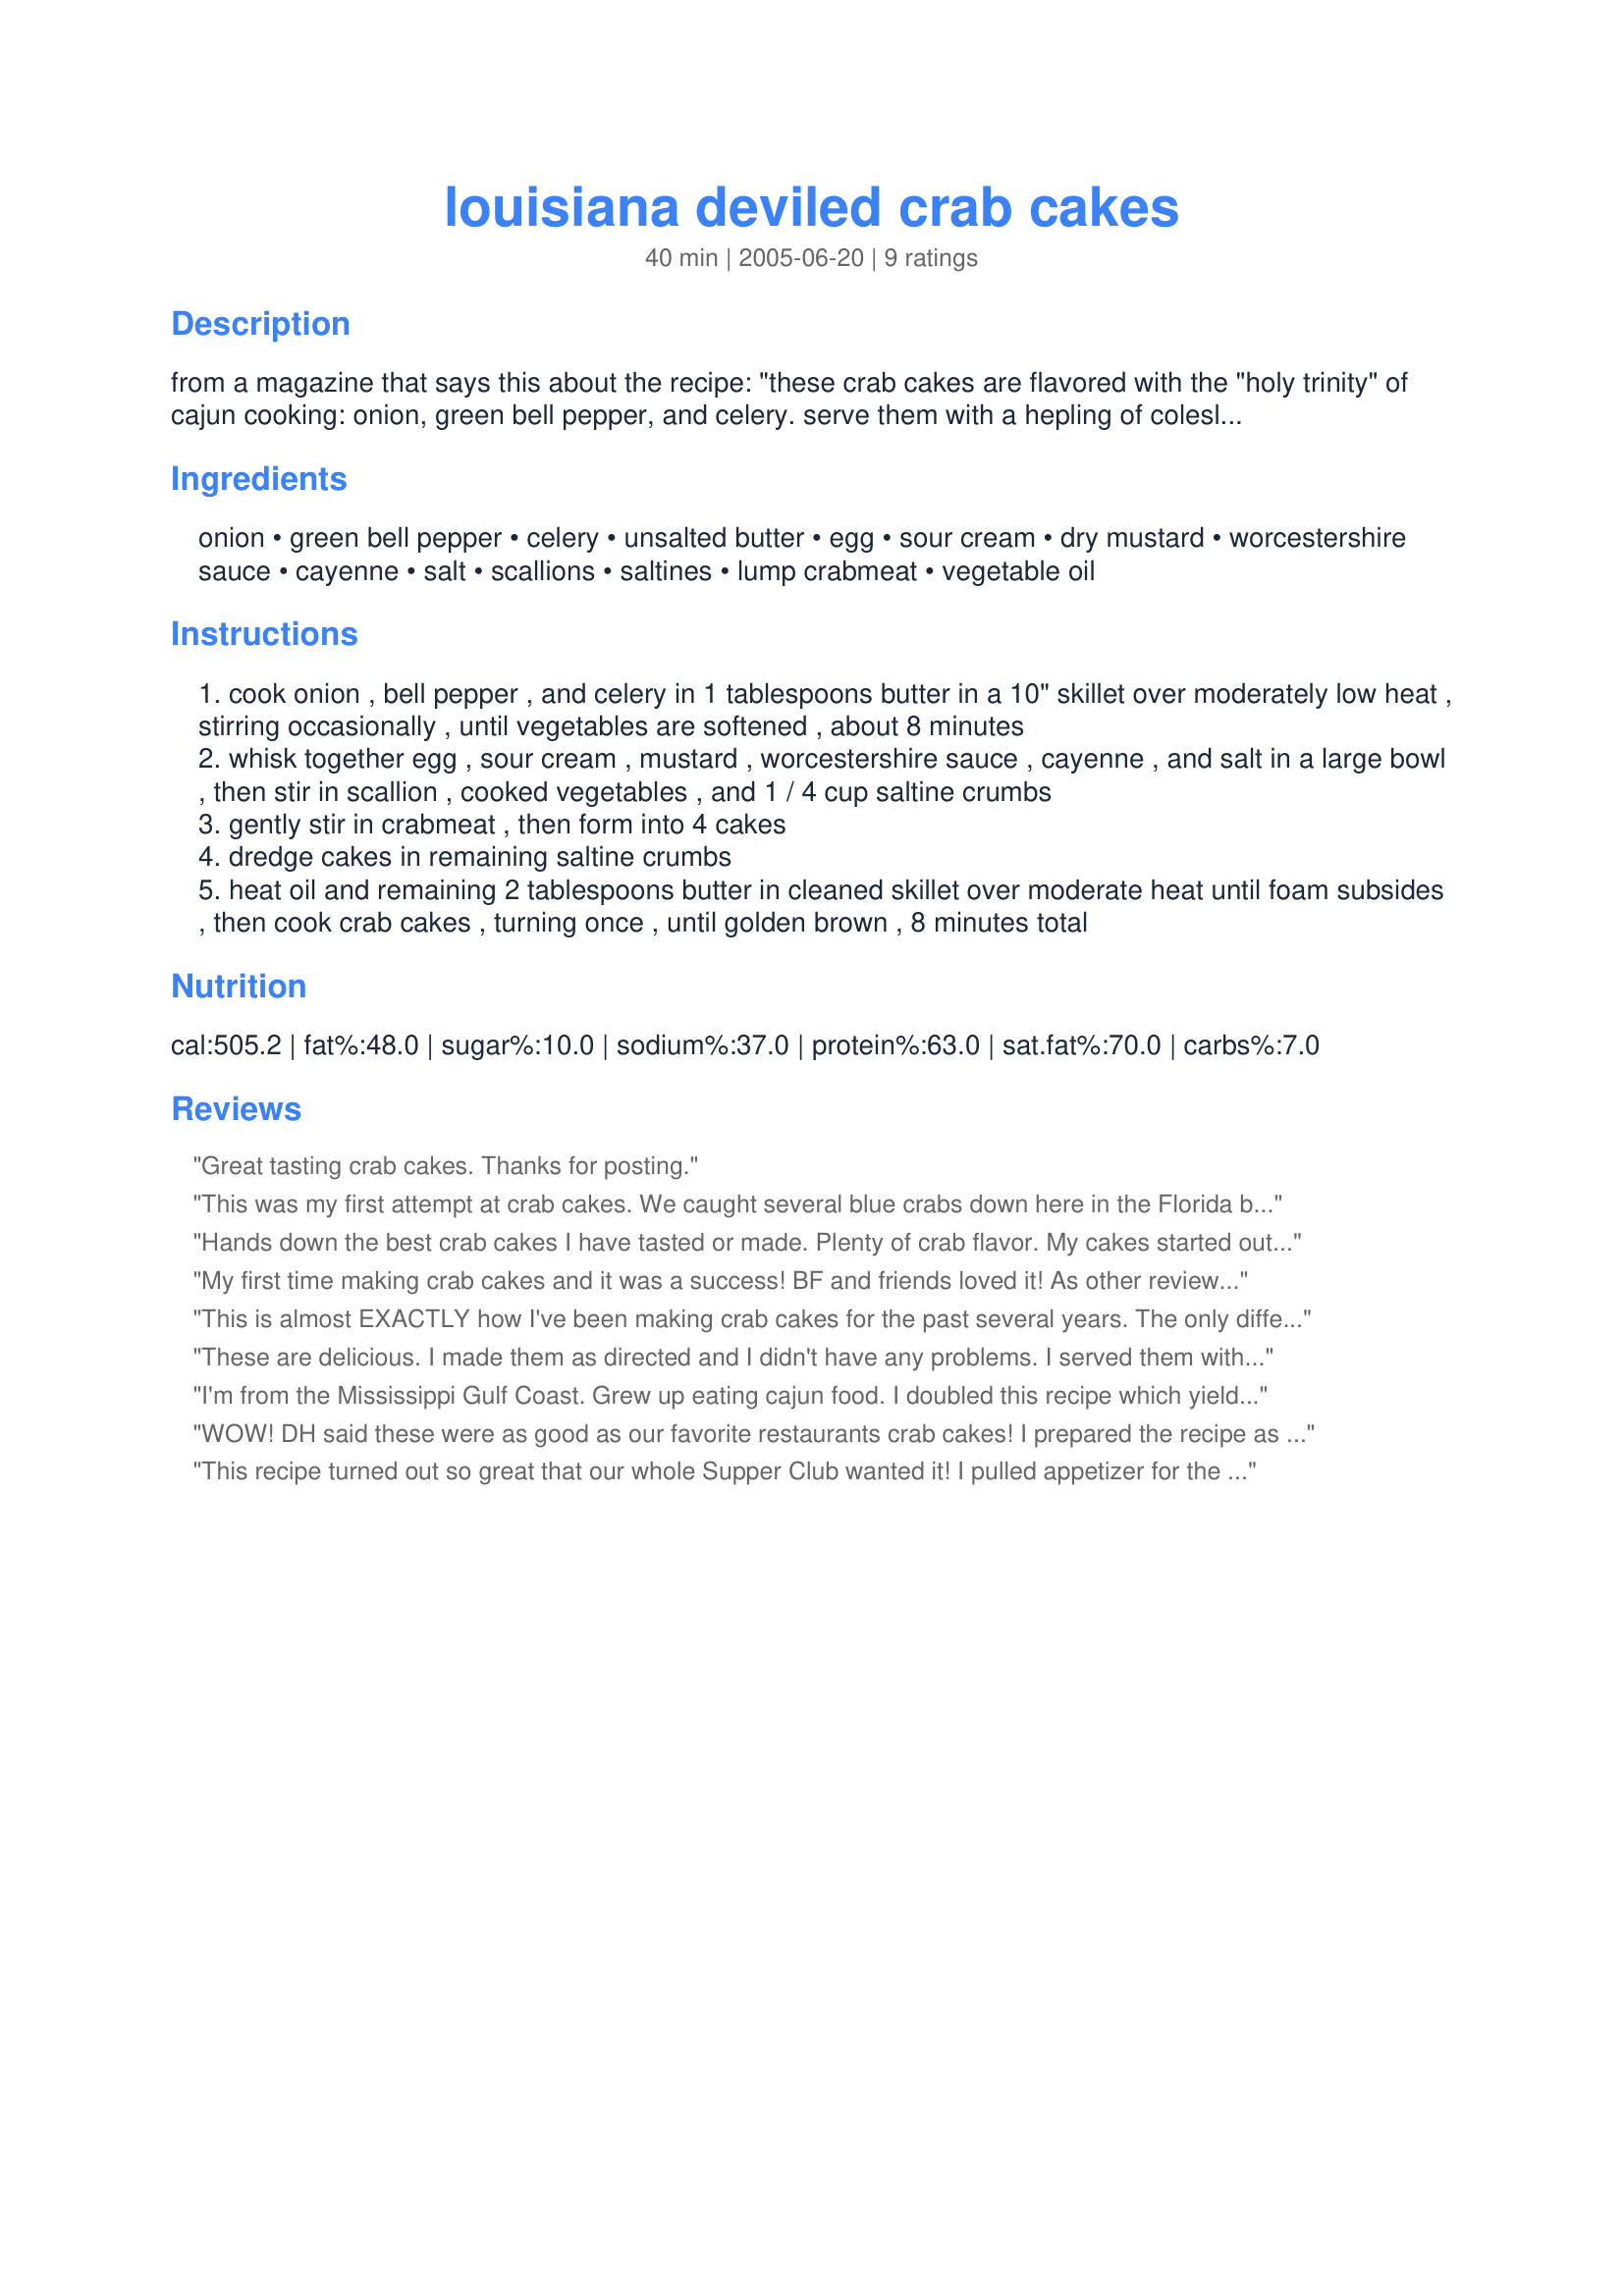
louisiana deviled crab cakes
Preparation time: 40 minutes

from a magazine that says this about the recipe: "these crab cakes are flavored with the "holy trinity" of cajun cooking: onion, green bell pepper, and celery. serve them with a hepling of coleslaw or a green salad." this makes a nice light main course, lunch or appetizer.

Ingredients:
onion, green bell pepper, celery, unsalted butter, egg, sour cream, dry mustard, worcestershire sauce, cayenne, salt, scallions, saltines, lump crabmeat, vegetable oil

Steps:
cook onion , bell pepper , and celery in 1 tablespoons butter in a 10" skillet over moderately low heat , stirring occasionally , until vegetables are softened , about 8 minutes
whisk together egg , sour cream , mustard , worcestershire sauce , cayenne , and salt in a large bowl , then stir in scallion , cooked vegetables , and 1 / 4 cup saltine crumbs
gently stir in crabmeat , then form into 4 cakes
dredge cakes in remaining saltine crumbs
heat oil and remaining 2 tablespoons butter in cleaned skillet over moderate heat until foam subsides , then cook crab cakes , turning once , until golden brown , 8 minutes total

Reviews:
Great tasting crab cakes. Thanks for posting.
This was my first attempt at crab cakes. We caught several blue crabs down here in the Florida bay, then boiled them and pick them. I used the meat to make these cakes and they were absolutely delicious! I followed the recipe, except that I doubled it and used extra light olive oil to fry them in. I served them with the Cajun Remoulade sauce, #322382, as suggested by another viewer. Thanks so much. These will definitely be a new family favorite!
Hands down the best crab cakes I have tasted or made. Plenty of crab flavor.
My cakes started out to moist and could not form into cakes without additional crackers. I used canned crab meat which I had drained. That is probably why I had to much moisture. Next time I will drain and set the crab meat in a sieve to let it further dry out.
My first time making crab cakes and it was a success! BF and friends loved it! As other reviewers suggested, I added 1 tsp of Old Bay seasoning and used Panko flakes for the outside, while using water crackers in place of saltines. I added 1/4 tsp of salt to make up for the water crackers (thats all I had). We ate the crab cakes with the Cajun Remoulade sauce, #322382 recipe as another reviewer suggested. Great combo. Will definitely make again! Thanks!
This is almost EXACTLY how I've been making crab cakes for the past several years. The only difference is I used Panko bread crumbs. I tried it this last time with the crackers, and I think I prefer the crackers! I used these as a base for my crab cake eggs benedict; which consists of a crab cake topped with a poached egg and a couple tablespoons of Recipe #245985 ! It was to DIE for! Thanks for posting the recipe so I didn't have to!
These are delicious. I made them as directed and I didn't have any problems. I served them with Cajun Remoulade sauce, #322382 and it was a delicious meal. Also served it with Asian coleslaw for a light meal. Used King Crab as thats what I had left over from previous meal. Delicious crab cakes.
I'm from the Mississippi Gulf Coast. Grew up eating cajun food. I doubled this recipe which yielded quite a few cakes. I thought the cakes were alittle bland but then my expectations may have been a little too high. I'll definately try this recipe again in the future along with lot more seasonings & spice. Thanks for sharing a great recipe with all on Recipezaar. Smiles!
WOW! DH said these were as good as our favorite restaurants crab cakes! I prepared the recipe as stated with the exception of no bell pepper (I didn't have any), I used real mayo instead (no sour cream in the house) and panko bread crumbs inside and to coat the cakes. I just had to add 1/2 teaspoon Old Bay. Cuz I love it! This is my only crabcake recipe from now on! I forgot to take a picture but will do that next time! I may try some chipotle tabasco in the recipe too. Thank you Oolala! YUMMY! YaYa
OK, it is now May 26, 2009 and I cooked these wonderful crabcakes for dinner last night.
We still love them and will stick with this recipe. 
I remembered to snap a picture.
They really taste better than my photograph. : )
This recipe turned out so great that our whole Supper Club wanted it! I pulled appetizer for the evening, made four times the quantity and they left the plate like wild fire! Expectional taste and simple to make! Thanks for sharing!
